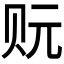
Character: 𰷡